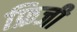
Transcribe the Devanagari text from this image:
फ्रिजी